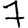
Digit: 7